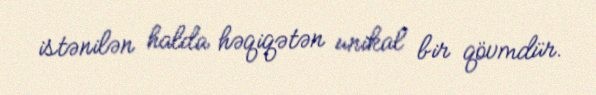
istənilən halda həqiqətən unikal bir qövmdür.